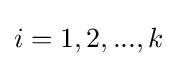
i=1,2,...,k